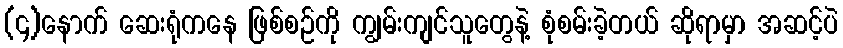
(၄)နောက် ဆေးရုံကနေ ဖြစ်စဉ်ကို ကျွမ်းကျင်သူတွေနဲ့ စုံစမ်းခဲ့တယ် ဆိုရာမှာ အဆင့်ပဲ